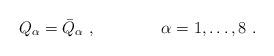
LaTeX: \begin{align*}Q_{\alpha} = \bar Q_{\alpha}~,\qquad\qquad \alpha=1,\ldots,8~.\end{align*}